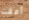
أمقت